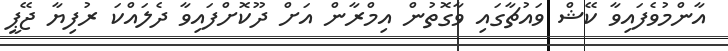
އާންމުވެފައިވާ ކޭޝް ވައުޗާގައި ވާގޮތުން އިމްރާން އަށް ދޫކޮށްފައިވާ ދެލައްކަ ރުފިޔާ ޖޭޕީ